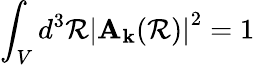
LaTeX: \int_{V}d^{3}\mathcal{R}\left|\mathbf{{A}}_{\mathbf{{k}}}(\mathbf{{\mathcal{R}}})\right|^{2}=1